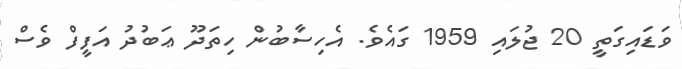
ވަޑައިގަތީ 20 ޖުލައި 1959 ގައެވެ. އެހިސާބުން ހިތަދޫ ޢަބުދު އަފީފް ވެސް